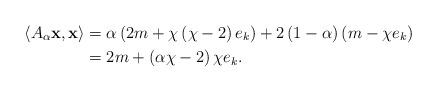
LaTeX: \begin{align*}\left\langle A_{\alpha}\mathbf{x},\mathbf{x}\right\rangle & =\alpha\left(2m+\chi\left( \chi-2\right) e_{k}\right) +2\left( 1-\alpha\right) \left(m-\chi e_{k}\right) \\& =2m+\left( \alpha\chi-2\right) \chi e_{k}.\end{align*}